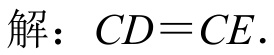
解：\(CD = CE\).